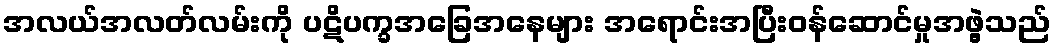
အလယ်အလတ်လမ်းကို ပဋိပက္ခအခြေအနေများ အရောင်းအပြီးဝန်ဆောင်မှုအဖွဲ့သည်